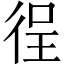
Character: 徎